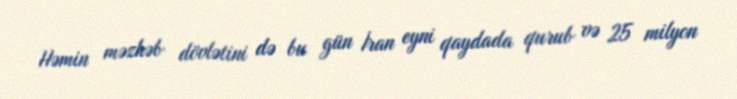
Həmin məzhəb dövlətini də bu gün İran eyni qaydada qurub və 25 milyon